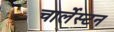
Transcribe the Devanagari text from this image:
चार्लेस्टन